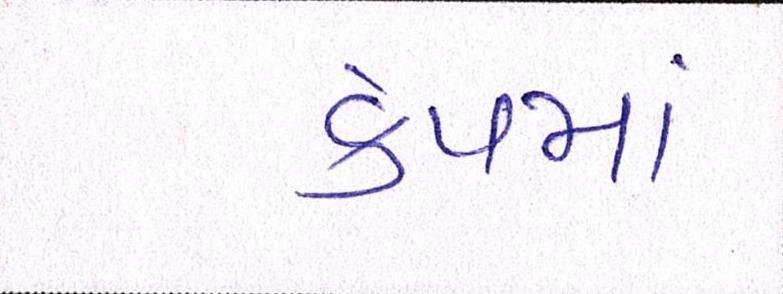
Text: કેપમાં